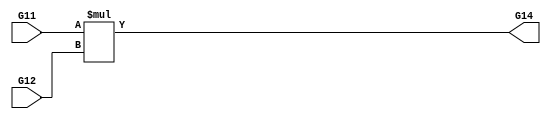
module multiplier(G11,G12,G14);
input [31:0] G11,G12;
output [31:0] G14;
assign G14 = G11 * G12;
endmodule